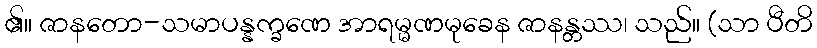
၏။ ဇာနတော-သမာပန္နက္ခဏေ အာရမ္မဏမုခေန ဇာနန္တဿ၊ သည်။ (သာ ပီတိ